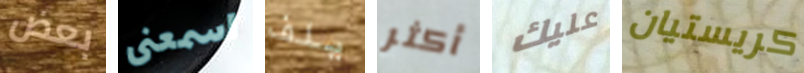
بعض اسمعنى يلف أكثر عليك كريستيان